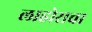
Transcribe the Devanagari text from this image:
लाहोराचा